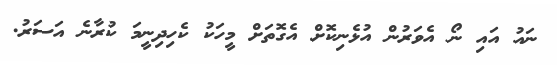
ނައު އައި ނޯ އެވަރުން އުޅެނިކޮށް އެގޮތަށް މީހަކު ކެހިދިނީމަ ކުރާނެ އަސަރު.